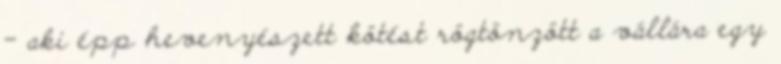
– aki épp hevenyészett kötést rögtönzött a vállára egy